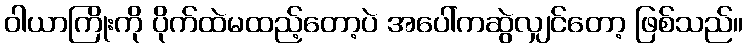
ဝါယာကြိုးကို ပိုက်ထဲမထည့်တော့ပဲ အပေါ်ကဆွဲလျှင်တော့ ဖြစ်သည်။